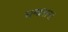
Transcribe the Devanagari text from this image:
चन्दनानां